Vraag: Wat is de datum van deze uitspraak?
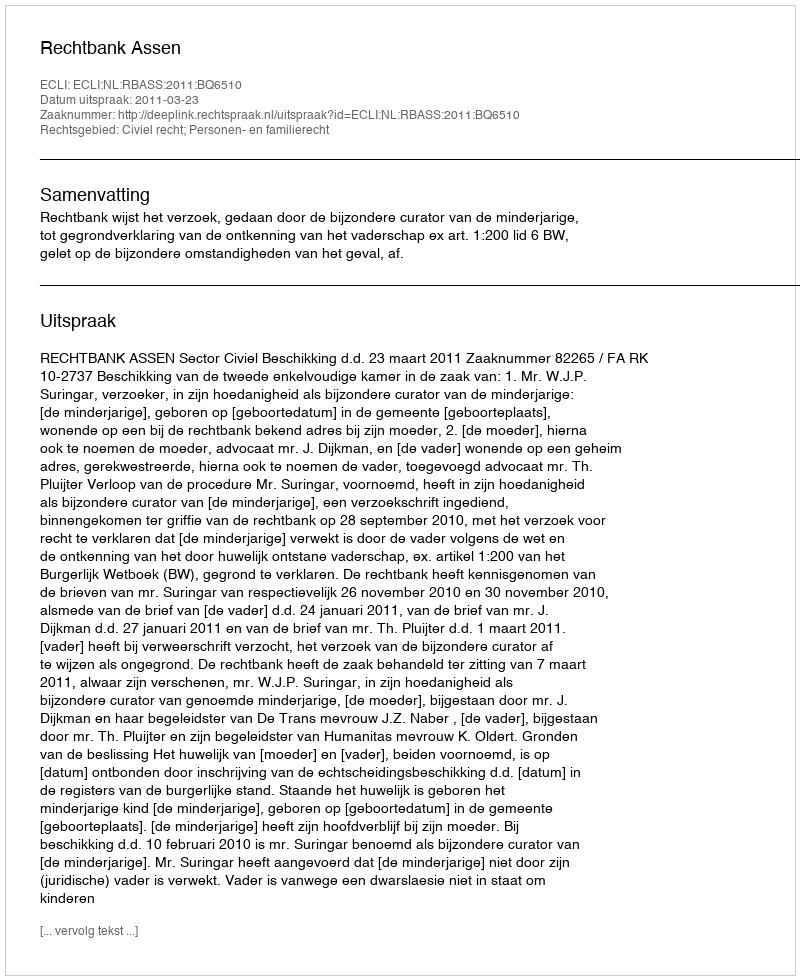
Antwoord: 2011-03-23